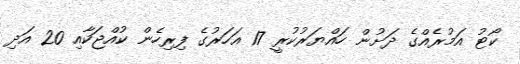
ކޯޓު އަމުރެއްގެ ދަށުން ހައްޔަރުކުރީ 17 އަހަރުގެ ފިރިހެން ކުއްޖަކާއި 20 އަދި